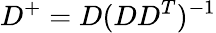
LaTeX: D^{+}=D(DD^{T})^{-1}